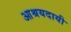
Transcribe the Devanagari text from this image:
आश्रयदायी